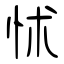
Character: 怵